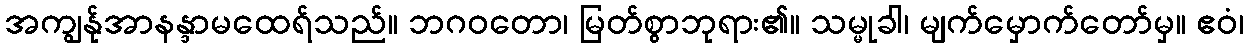
အကျွန်ုအာနန္ဒာမထေရ်သည်။ ဘဂဝတော၊ မြတ်စွာဘုရား၏။ သမ္မုခါ၊ မျက်မှောက်တော်မှ။ ဧဝံ၊